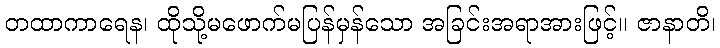
တထာကာရေန၊ ထိုသို့မဖောက်မပြန်မှန်သော အခြင်းအရာအားဖြင့်။ ဇာနာတိ၊